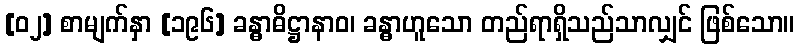
[၀၂] စာမျက်နှာ [၁၉၆] ခန္ဓာဓိဋ္ဌာနာဝ၊ ခန္ဓာဟူသော တည်ရာရှိသည်သာလျှင် ဖြစ်သော။